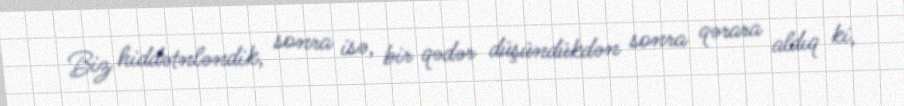
Biz hiddətnləndik, sonra isə, bir qədər düşündükdən sonra qərara aldıq ki,